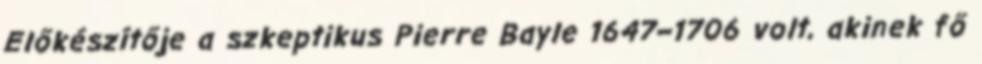
Előkészítője a szkeptikus Pierre Bayle 1647–1706 volt, akinek fő